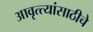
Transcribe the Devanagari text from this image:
आवृत्त्यांसाठीचे